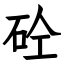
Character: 砼